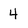
Character: 4